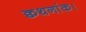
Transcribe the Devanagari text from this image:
क्वथनांक।